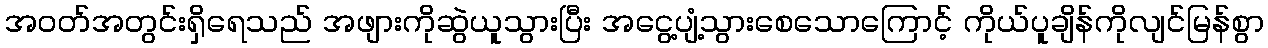
အဝတ်အတွင်းရှိရေသည် အဖျားကိုဆွဲယူသွားပြီး အငွေ့ပျံ့သွားစေသောကြောင့် ကိုယ်ပူချိန်ကိုလျင်မြန်စွာ